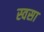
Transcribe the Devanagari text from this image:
स्वसा